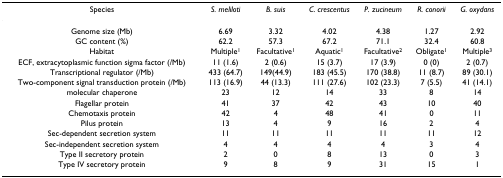
| Species | S. meliloti | B. suis | C. crescentus | P. zucineum | R. conorii | G. oxydans |
 | --- | --- | --- | --- | --- | --- | --- |
 | Genome size (Mb) | 6.69 | 3.32 | 4.02 | 4.38 | 1.27 | 2.92 |
 | GC content (%) | 62.2 | 57.3 | 67.2 | 71.1 | 32.4 | 60.8 |
 | Habitat | Multiple1 | Facultative1 | Aquatic1 | Facultative2 | Obligate1 | Multiple3 |
 | ECF, extracytoplasmic function sigma factor (/Mb) | 11 (1.6) | 2 (0.6) | 15 (3.7) | 17 (3.9) | 0 (0) | 2 (0.7) |
 | Transcriptional regulator (/Mb) | 433 (64.7) | 149(44.9) | 183 (45.5) | 170 (38.8) | 11 (8.7) | 89 (30.1) |
 | Two-component signal transduction protein (/Mb) | 113 (16.9) | 44 (13.3) | 111 (27.6) | 102 (23.3) | 7 (5.5) | 41 (14.1) |
 | molecular chaperone | 23 | 12 | 14 | 33 | 8 | 14 |
 | Flagellar protein | 41 | 37 | 42 | 43 | 10 | 40 |
 | Chemotaxis protein | 42 | 4 | 48 | 41 | 0 | 11 |
 | Pilus protein | 13 | 4 | 9 | 16 | 2 | 4 |
 | Sec-dependent secretion system | 11 | 11 | 11 | 11 | 11 | 12 |
 | Sec-independent secretion system | 4 | 4 | 4 | 4 | 3 | 4 |
 | Type II secretory protein | 2 | 0 | 8 | 13 | 0 | 3 |
 | Type IV secretory protein | 9 | 8 | 9 | 31 | 15 | 1 |